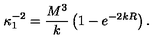
\kappa _ { 1 } ^ { - 2 } = \frac { M ^ { 3 } } { k } \left( 1 - e ^ { - 2 k R } \right) .